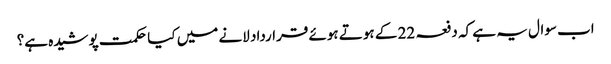
اب سوال یہ ہے کہ دفعہ 22 کے ہوتے ہوئے قرارداد لانے میں کیا حکمت پوشیدہ ہے؟